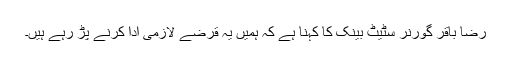
رضا باقر گورنر سٹیٹ بینک کا کہنا ہے کہ ہمیں یہ قرضے لازمی ادا کرنے پڑ رہے ہیں۔